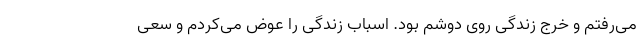
می‌رفتم و خرج زندگی روی دوشم بود. اسباب زندگی را عوض می‌کردم و سعی